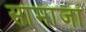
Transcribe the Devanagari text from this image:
सामाजा